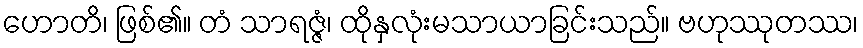
ဟောတိ၊ ဖြစ်၏။ တံ သာရဇ္ဇံ၊ ထိုနှလုံးမသာယာခြင်းသည်။ ဗဟုဿုတဿ၊